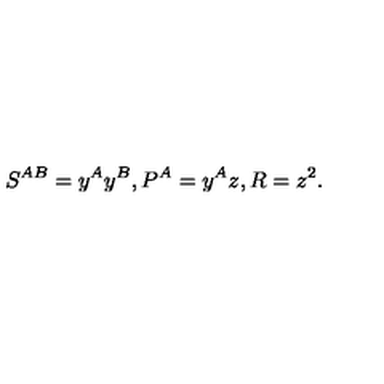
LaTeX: S ^ { A B } = y ^ { A } y ^ { B } , P ^ { A } = y ^ { A } z , R = z ^ { 2 } .